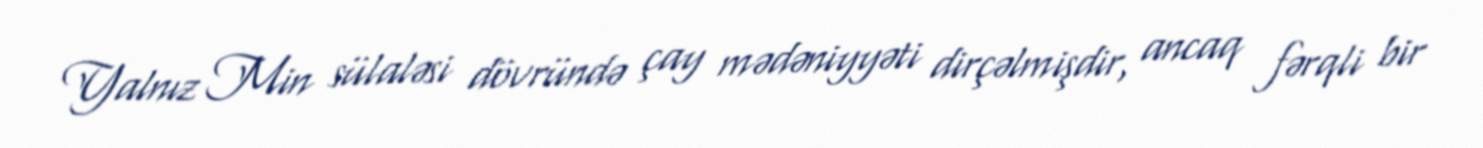
Yalnız Min sülaləsi dövründə çay mədəniyyəti dirçəlmişdir, ancaq fərqli bir